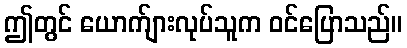
ဤတွင် ယောက်ျားလုပ်သူက ဝင်ပြောသည်။